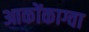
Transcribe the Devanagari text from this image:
आकोंकाग्वा